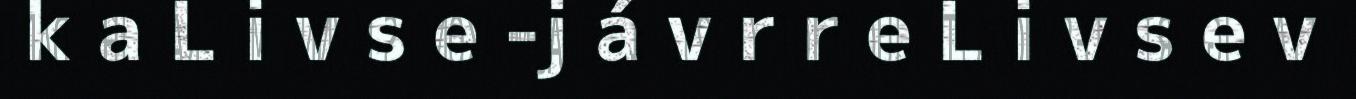
k a L i v s e -j á v r r e L i v s e v